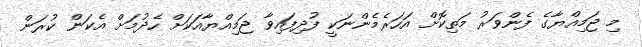
މި ޖަމިއްޔާގެ ފެންވަރު މަތިކޮށް އަހަރެމެންނަކީ ފުދިފައިވާ ޖަމިއްޔާއަކަށް ހެދުމަށް އެކަން ކުރަން